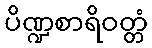
ပိဏ္ဍစာရိဝတ္တံ